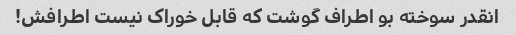
انقدر سوخته بو اطراف گوشت که قابل خوراک نیست اطرافش!